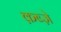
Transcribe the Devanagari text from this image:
क़ब्जे़